King Institute of Preventive Medicine Bacteriolog. Section reports 1907-08
Year: 1907
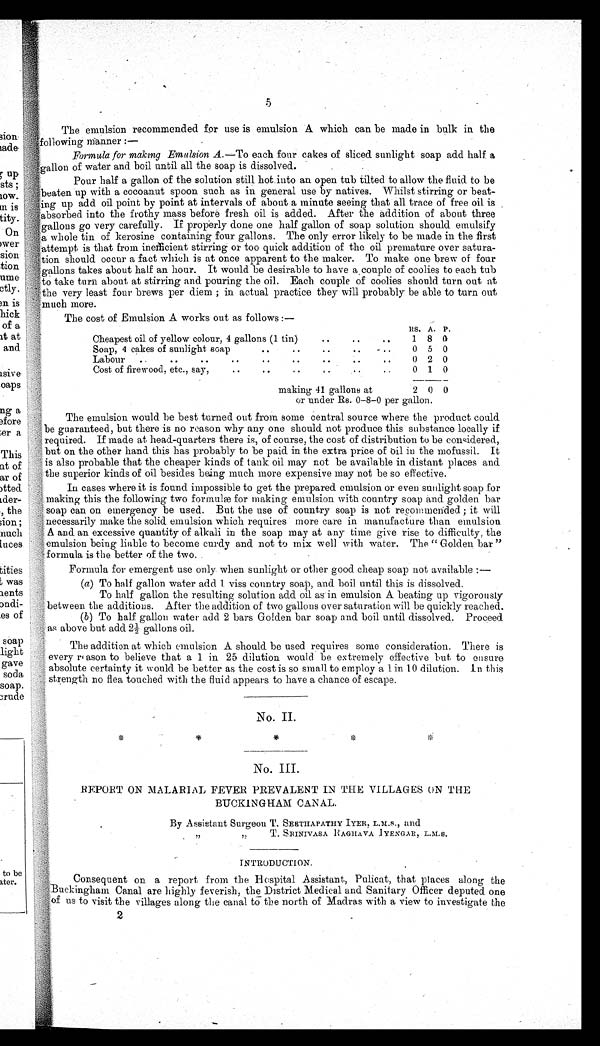
5
The emulsion recommended for use is emulsion A which can be made in bulk in the
following manner :—
Formula for making Emulsion A.—To each four cakes of sliced sunlight soap add half a
gallon of water and boil until all the soap is dissolved.
Pour half a gallon of the solution still hot into an open tub tilted to allow the fluid to be
beaten up with a cocoanut spoon such as in general use by natives. Whilst stirring or beat-
ling up add oil point by point at intervals of about a minute seeing that all trace of free oil is
absorbed into the frothy mass before fresh oil is added. After the addition of about three
allons go very carefully. If properly done one half gallon of soap solution should emulsify
a whole tin of kerosine containing four gallons. The only error likely to be made in the first
attempt is that from inefficient stirring or too quick addition of the oil premature over satura-
t i o n s h o u l d o c c u r a f a c t w h i c h i s a t o n c e a p p a r e n t t o t h e m a k e r . T o m a k e o n e b r e w o f f o u r
gallons takes about half an hour. It would be desirable to have a couple of coolies to each tub
to take turn about at stirring and pouring the oil. Each couple of coolies should turn out at
the very least four brews per diem ; in actual practice they will probably be able to turn out
m u c h m o r e .
The cost of Emulsion A works out as follows :—
RS. A. P .
Cheapest oil of yellow colour, 4 gallons (1 tin)
. .
. .
. .
1 8 0
Soap, 4 cakes of sunlight soap
.
. .
. .
. .
. .
0 5 0
Labour
. .
. .
. .
. .
. .
. .
. .
. .
0 2 0
Cost of firewood, etc., say,
. .
. .
. .
. .
. .
0 1 0
making 41 gallons at
2 0 0
or under Rs. 0-8-0 per gallon.
The emulsion would be best turned out from some central source where the product could
be guaranteed, but there is no reason why any one should not produce this substance locally if
r e q u i r e d . I f m a d e a t h e a d - q u a r t e r s t h e r e i s , o f c o u r s e , t h e c o s t o f d i s t r i b u t i o n t o b e c o n s i d e r e d ,
but on the other hand this has probably to be paid in the extra price of oil in the mofussil. It
is also probable that the cheaper kinds of tank oil may not be available in distant places and
the superior kinds of oil besides being much more expensive may not be so effective.
In cases where it is found impossible to get the prepared emulsion or even sunlight soap for
making this the following two formulæ for making emulsion with country soap and golden bar
soap can on emergency be used. But the use of country soap is not recommended ; it will
necessarily make the solid emulsion which requires more care in manufacture than emulsion
A and an excessive quantity of alkali in the soap may at any time give rise to difficulty, the
emulsion being liable to become curdy and not to mix well with water. The " Golden bar "
formula is the better of the two.
Formula for emergent use only when sunlight or other good cheap soap not available:—
(a) (a)To half gallon water add 1 viss country soap, and boil until this is dissolved
.
(b)
To half gallon the resulting solution add oil as in emulsion A beating up vigorously
between the additions. After the addition of two gallons over saturation will lie quickly reached.
(c)
(b)To half gallon water add 2 bars Golden bar soap and boil until dissolved. Proceed
as above but add 2½ gallons oil.
The addition at which emulsion A should be used requires some consideration. There is
every reason to believe that a 1 in 25 dilution would be estremely effective but to ensure
absolute certainty it would be better as the cost is so small to employ a 1 in 10 dilution. In this
strength no flea touched with the fluid appears to have a chance of escape.
No. II.
No. III.
REPORT ON MALARIAL FEVER PREVALENT IN THE VILLAGES UN THE
BUCKINGHAM CANAL.
By Assistant Surgeon T. SEETHAPATHY ITER, L.M.S., and
INTRODUCTION.
Consequent on a report from the Hospital Assistant, Pulicat, that places along the
Buckingham Canal are highly feverish, the District Medical and Sanitary Officer deputed one
of us to visit the villages along the canal to the north of Madras with a view to investigate the
2